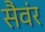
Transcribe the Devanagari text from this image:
सैवंर